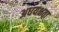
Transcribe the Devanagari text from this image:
अधयक्षता